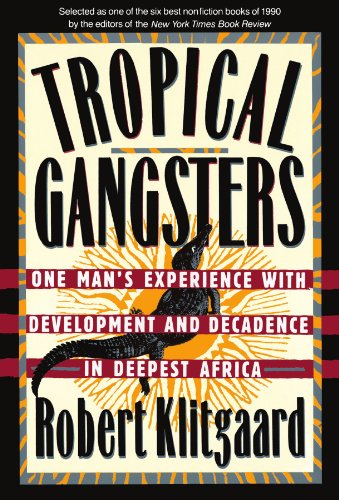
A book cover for Tropical Gangsters: One Man's Experience With Development And Decadence In Deepest Africa; Robert Klitgaard; Travel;